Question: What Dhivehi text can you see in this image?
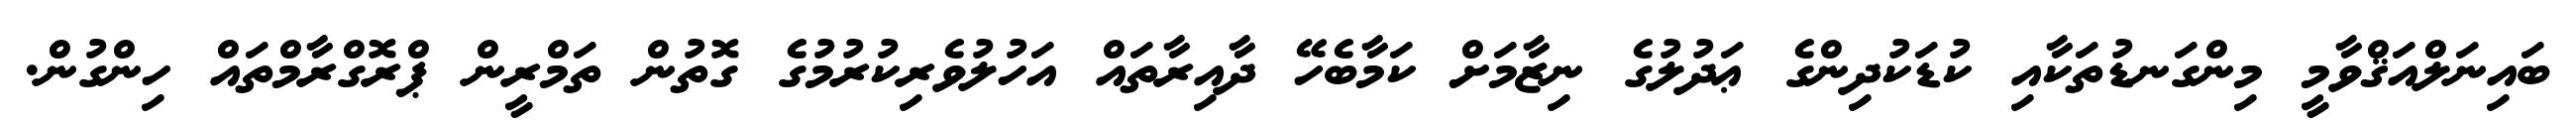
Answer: ބައިނަލްއަޤްވާމީ މިންގަނޑުތަކާއި ކުޑަކުދިންގެ ޢަދުލުގެ ނިޒާމަށް ކަމާބެހޭ ދާއިރާތައް އަހުލުވެރިކުރުމުގެ ގޮތުން ތަމްރީން ޕްރޮގްރާމްތައް ހިންގުން.